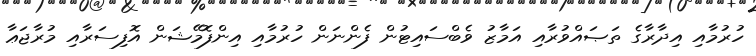
ހުރުމާއި އިދާރާގެ ތަޞައްވުރާއި އަމާޒު ވެބްސައިޓުން ފެންނަން ހުރުމާއި އިންފޮމޭޝަން އޮފިސަރާއި މުރާޖަޢާ